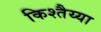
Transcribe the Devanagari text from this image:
किश्तैय्या